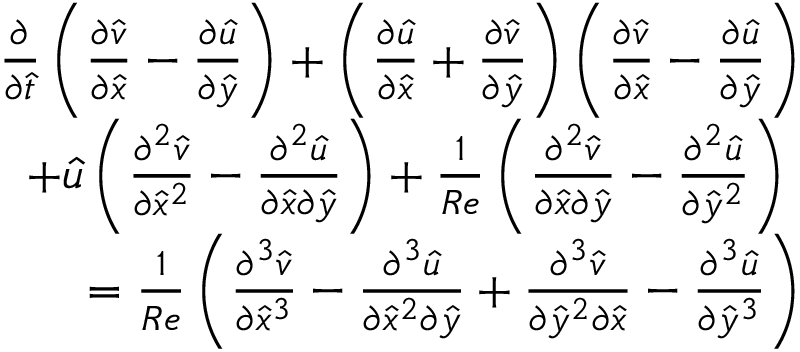
\begin{array} { r } { \frac { \partial } { \partial \hat { t } } \left( { \frac { \partial \hat { v } } { \partial \hat { x } } - \frac { \partial \hat { u } } { \partial \hat { y } } } \right) + \left( { \frac { \partial \hat { u } } { \partial \hat { x } } + \frac { \partial \hat { v } } { \partial \hat { y } } } \right) \left( { \frac { \partial \hat { v } } { \partial \hat { x } } - \frac { \partial \hat { u } } { \partial \hat { y } } } \right) } \\ { + \hat { u } \left( { \frac { \partial ^ { 2 } \hat { v } } { \partial { \hat { x } } ^ { 2 } } - \frac { \partial ^ { 2 } \hat { u } } { \partial \hat { x } \partial \hat { y } } } \right) + \frac { 1 } { R e } \left( { \frac { \partial ^ { 2 } \hat { v } } { \partial \hat { x } \partial \hat { y } } - \frac { \partial ^ { 2 } \hat { u } } { \partial { \hat { y } } ^ { 2 } } } \right) ~ } \\ { = \frac { 1 } { R e } \left( { \frac { \partial ^ { 3 } \hat { v } } { \partial { \hat { x } } ^ { 3 } } - \frac { \partial ^ { 3 } \hat { u } } { \partial { \hat { x } } ^ { 2 } \partial \hat { y } } + \frac { \partial ^ { 3 } \hat { v } } { \partial { \hat { y } } ^ { 2 } \partial \hat { x } } - \frac { \partial ^ { 3 } \hat { u } } { \partial { \hat { y } } ^ { 3 } } } \right) } \end{array}